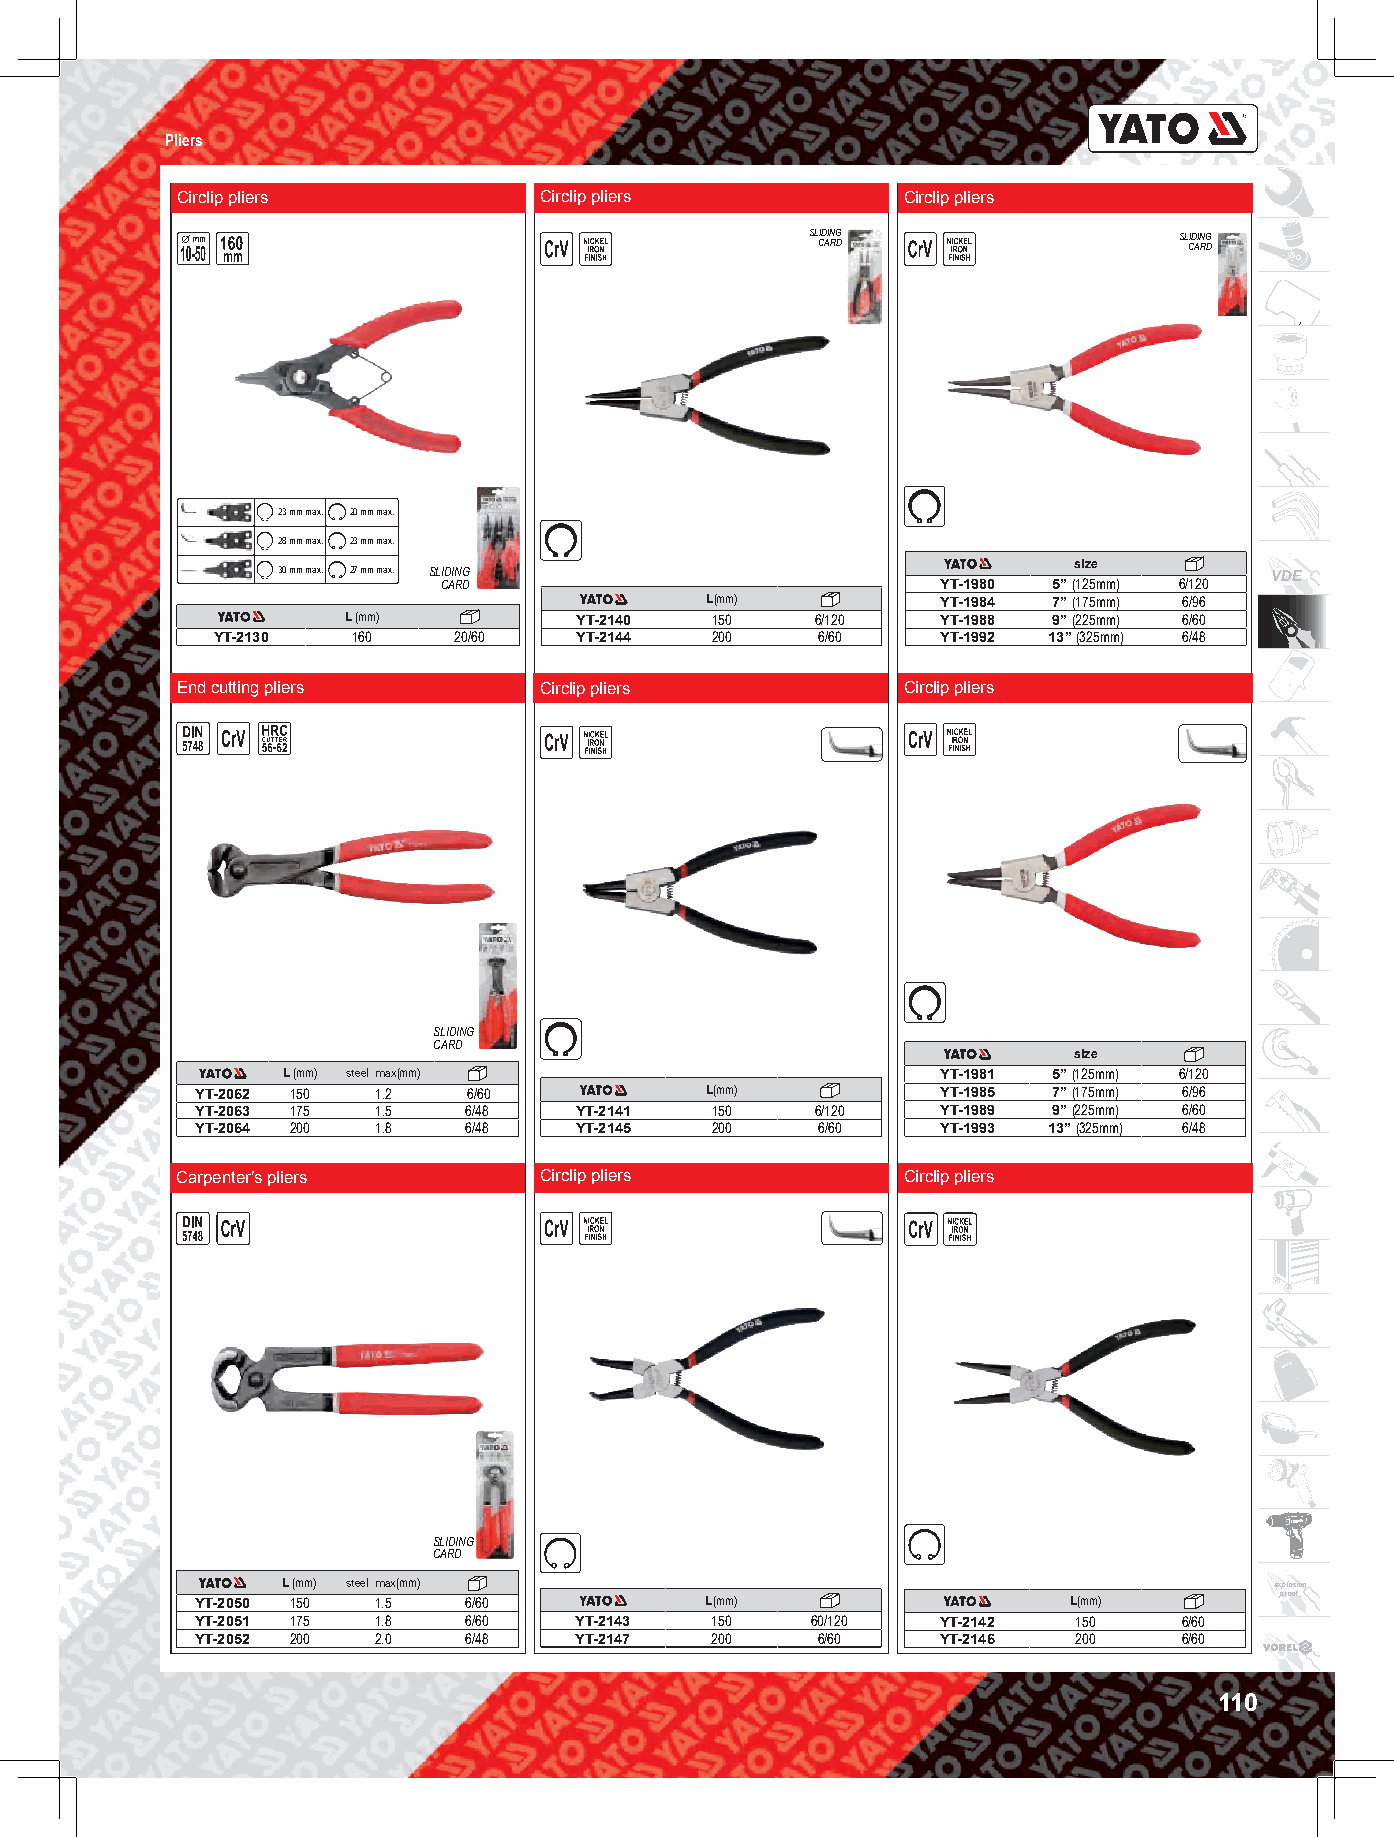
Pliers
 Circlip pliers          Circlip pliers          Circlip pliers
 SL CID AIN RG D         SL CID AIN RG D
 23 mm max. 20 mm max.
 28 mm max. 23 mm max.
 30 mm max. 27 mm max. SLIDING                        size         VDE
 CARD                             YT-1980 5” (125mm) 6/120
 L(mm)          YT-1984 7” (175mm) 6/96
 L (mm)         YT-2140  150    6/120   YT-1988 9” (225mm) 6/60
 YT-2130  160    20/60   YT-2144  200    6/60    YT-1992 13” (325mm) 6/48
 End cutting pliers      Circlip pliers          Circlip pliers
 SLIDING
 CARD
 size
 L (mm) steel max(mm)                       YT-1981 5” (125mm) 6/120
 YT-2062 150 1.2   6/60            L(mm)          YT-1985 7” (175mm) 6/96
 YT-2063 175 1.5   6/48   YT-2141  150    6/120   YT-1989 9” (225mm) 6/60
 YT-2064 200 1.8   6/48   YT-2145  200    6/60    YT-1993 13” (325mm) 6/48
 Carpenter’s pliers      Circlip pliers          Circlip pliers
 SLIDING
 CARD
 L (mm) steel max(mm)                                             explosion
 YT-2050 150 1.5   6/60            L(mm)                   L(mm)         proof
 YT-2051 175 1.8   6/60   YT-2143  150    60/120  YT-2142  150    6/60
 YT-2052 200 2.0   6/48   YT-2147  200    6/60    YT-2146  200    6/60
 110